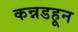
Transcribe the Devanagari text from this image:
कन्नडहून